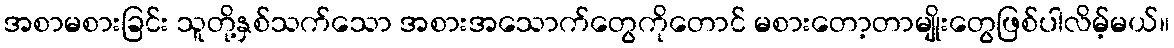
အစာမစားခြင်း သူတို့နှစ်သက်သော အစားအသောက်တွေကိုတောင် မစားတော့တာမျိုးတွေဖြစ်ပါလိမ့်မယ်။